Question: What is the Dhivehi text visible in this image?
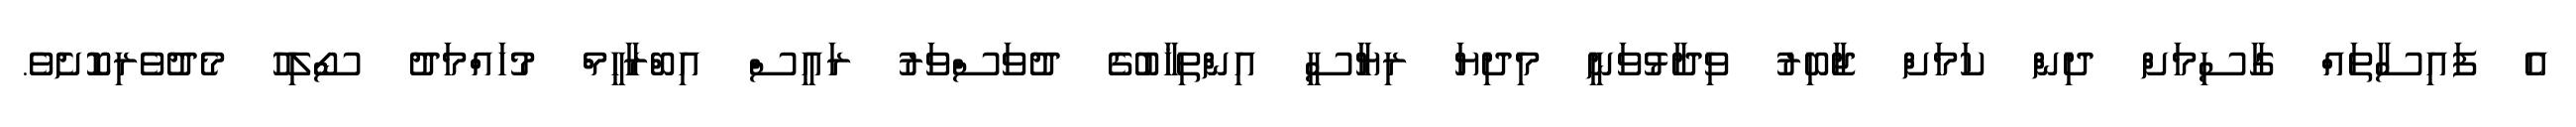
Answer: އެ ފައިސާތައް ގާސިމަށް ދިން ކަމަށް ޖާބިރު ވިދާޅުވަނީ މިދިޔަ ރިޔާސީ އިންތިޚާބުގެ ދުވަސްވަރު ރައީސް އިބްރާހީމް މުހައްމަދު ސޯލިހު މެދުވެރިކޮށެވެ.